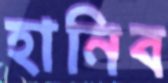
হানিব